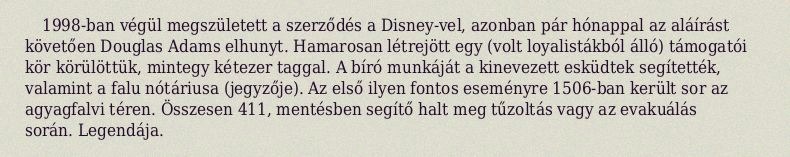
1998-ban végül megszületett a szerződés a Disney-vel, azonban pár hónappal az aláírást követően Douglas Adams elhunyt. Hamarosan létrejött egy (volt loyalistákból álló) támogatói kör körülöttük, mintegy kétezer taggal. A bíró munkáját a kinevezett esküdtek segítették, valamint a falu nótáriusa (jegyzője). Az első ilyen fontos eseményre 1506-ban került sor az agyagfalvi téren. Összesen 411, mentésben segítő halt meg tűzoltás vagy az evakuálás során. Legendája.